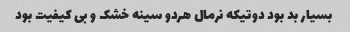
بسیار بد بود دوتیکه نرمال هردو سینه خشک و بی کیفیت بود